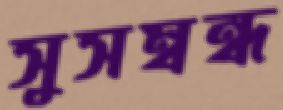
সুসম্বন্ধ